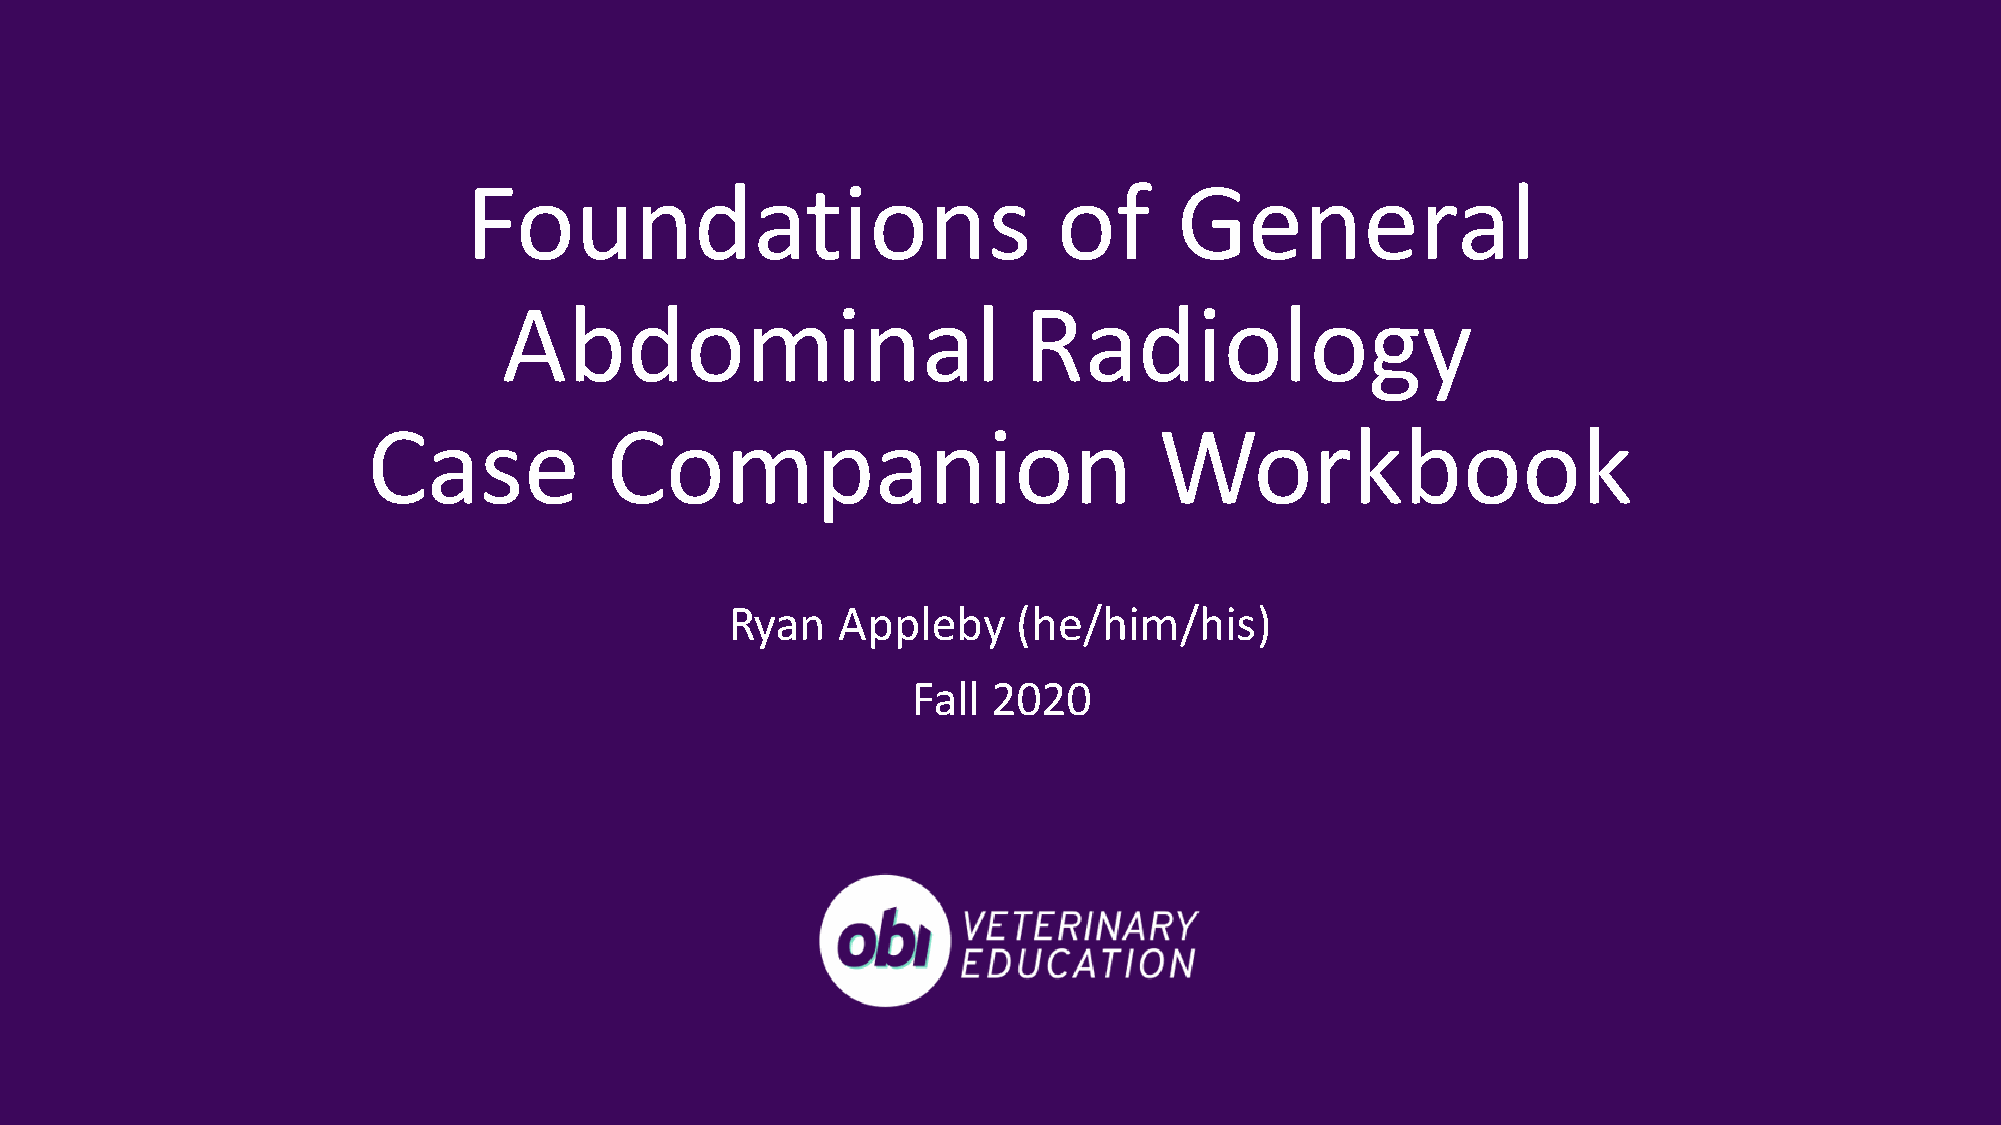
Foundations                            of      General
 Abdominal                          Radiology
 Case            Companion                            Workbook
 Ryan   Appleby     (he/him/his)
 Fall  2020